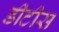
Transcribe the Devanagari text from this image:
डीटीस